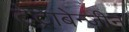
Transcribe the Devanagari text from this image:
टेट्राबेन्ज़ीन